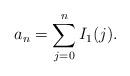
LaTeX: \begin{align*}a_{n} = \sum_{j=0}^{n} I_{1}(j).\end{align*}